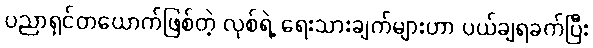
ပညာရှင်တယောက်ဖြစ်တဲ့ လုစ်ရဲ့ ရေးသားချက်များဟာ ပယ်ချရခက်ပြီး